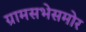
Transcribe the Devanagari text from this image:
ग्रामसभेसमोर